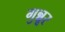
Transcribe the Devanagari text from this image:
गुन्नूर